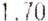
1.70